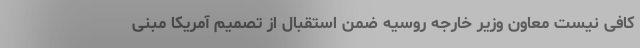
کافی نیست معاون وزیر خارجه روسیه ضمن استقبال از تصمیم آمریکا مبنی